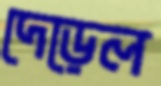
দেড়েল